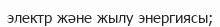
электр және жылу энергиясы;